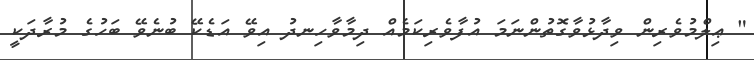
" ޢިލްމުވެރިން ވިދާޅުވާގޮތުންނަމަ އުފާވެރިކަމެއް ދިމާވާހިނދު އިވޭ އަޑެކޭ ބުނެވޭ ބަހުގެ މުރާދަކީ